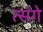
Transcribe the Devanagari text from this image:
त्संगे